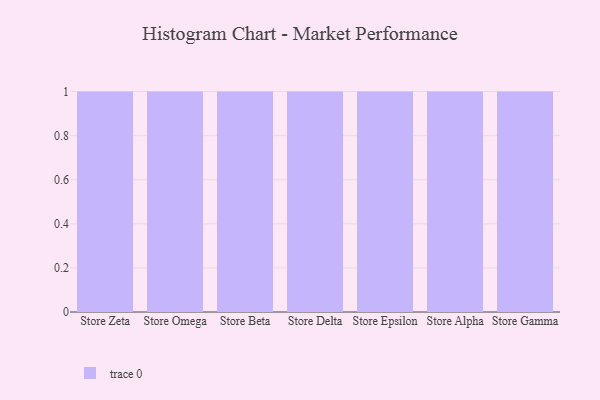
{"axis": {"x": "Store", "y": "Bounce Rate (%)"}, "legend": [""], "data": [{"x": "Store Zeta", "y": 95, "type": ""}, {"x": "Store Omega", "y": 19, "type": ""}, {"x": "Store Beta", "y": 11, "type": ""}, {"x": "Store Delta", "y": 73, "type": ""}, {"x": "Store Epsilon", "y": 34, "type": ""}, {"x": "Store Alpha", "y": 4, "type": ""}, {"x": "Store Gamma", "y": 33, "type": ""}]}